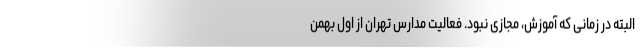
البته در زمانی که آموزش، مجازی نبود. فعالیت مدارس تهران از اول بهمن